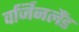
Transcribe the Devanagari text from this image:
वर्जिनलैंड